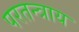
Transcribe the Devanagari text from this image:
परतन्त्राय